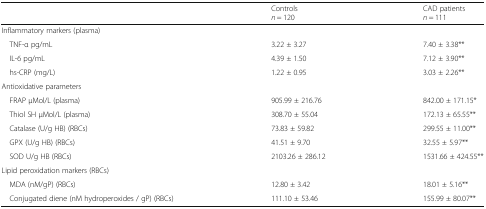
|  | Controlsn = 120 | CAD patientsn = 111 |
 | --- | --- | --- |
 | <COLSPAN=3> Inflammatory markers (plasma) |
 | TNF-α pg/mL | 3.22 ± 3.27 | 7.40 ± 3.38** |
 | IL-6 pg/mL | 4.39 ± 1.50 | 7.12 ± 3.90** |
 | hs-CRP (mg/L) | 1.22 ± 0.95 | 3.03 ± 2.26** |
 | <COLSPAN=3> Antioxidative parameters |
 | FRAP μMol/L (plasma) | 905.99 ± 216.76 | 842.00 ± 171.15* |
 | Thiol SH μMol/L (plasma) | 308.70 ± 55.04 | 172.13 ± 65.55** |
 | Catalase (U/g HB) (RBCs) | 73.83 ± 59.82 | 299.55 ± 11.00** |
 | GPX (U/g HB) (RBCs) | 41.51 ± 9.70 | 32.55 ± 5.97** |
 | SOD U/g HB (RBCs) | 2103.26 ± 286.12 | 1531.66 ± 424.55** |
 | <COLSPAN=3> Lipid peroxidation markers (RBCs) |
 | MDA (nM/gP) (RBCs) | 12.80 ± 3.42 | 18.01 ± 5.16** |
 | Conjugated diene (nM hydroperoxides / gP) (RBCs) | 111.10 ± 53.46 | 155.99 ± 80.07** |